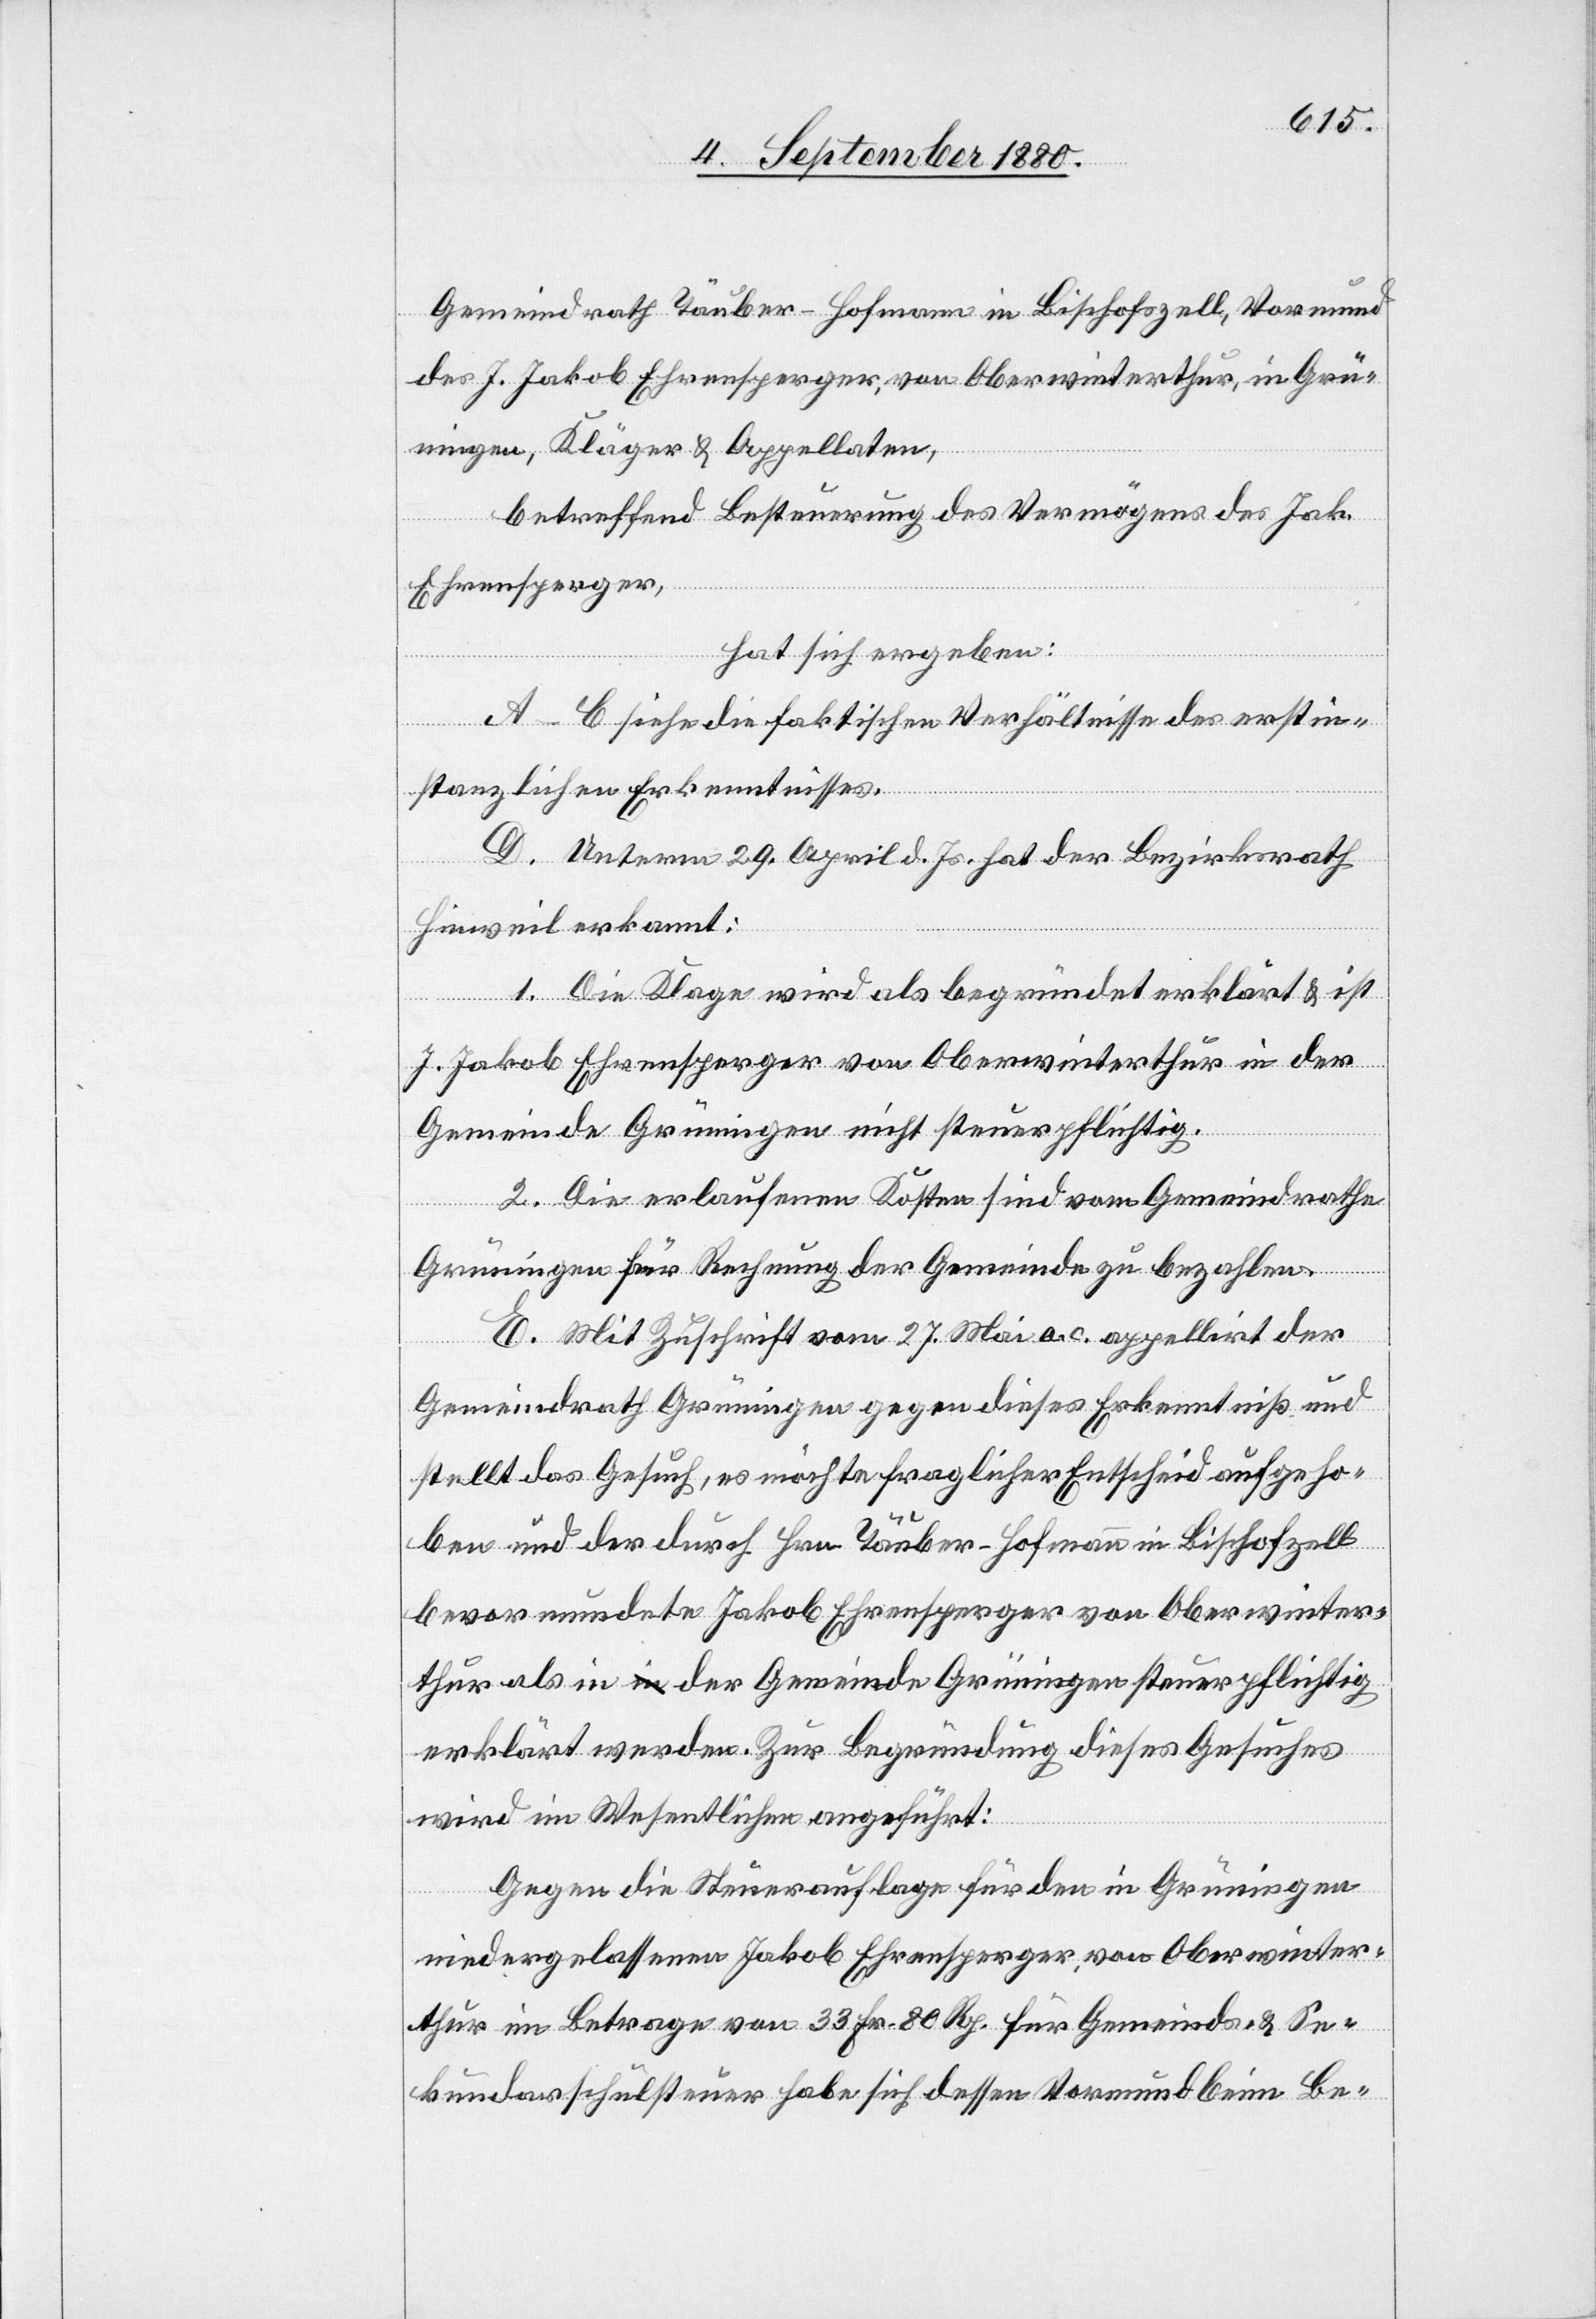
Gemeindrath Tauber-Hofmann in Bischofszell, Vormund
des J. Jakob Ehrensperger, von Oberwinterthur, in Grü¬
ningen, Kläger & Appellanten,
betreffend Besteuerung des Vermögens des Jak.
Ehrensperger,
hat sich ergeben:
A–C siehe die faktischen Verhältnisse des erstin¬
stanzlichen Erkenntnisses.
D. Unterm 29. April d. Js. hat der Bezirksrath
Hinweil erkannt:
1. Die Klage wird als begründet erklärt & ist
J. Jakob Ehrensperger von Oberwinterthur in der
Gemeinde Grüningen nicht steuerpflichtig.
2. Die erlaufenen Kosten sind vom Gemeindrathe
Grüningen für Rechnung der Gemeinde zu bezahlen.
E. Mit Zuschrift vom 27. Mai a. c. appellirt der
Gemeindrath Grüningen gegen dieses Erkenntniß und
stellt das Gesuch, es möchte fraglicher Entscheid aufgeho¬
ben und der durch Hrn. Tauber-Hofmann in Bischofzell
bevormundete Jakob Ehrensperger von Oberwinter¬
thur als in a-in-a der Gemeinde Grüningen steuerpflichtig
erklärt werden. Zur Begründung dieses Gesuches
wird im Wesentlichen angeführt:
Gegen die Steuerauflage für den in Grüningen
niedergelassenen Jakob Ehrensperger von Oberwinter¬
thur im Betrage von 33 Fr. 80 Rp. für Gemeinds- & Se¬
kundarschulsteuer habe sich dessen Vormund beim Be-